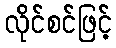
လိုင်စင်ဖြင့်